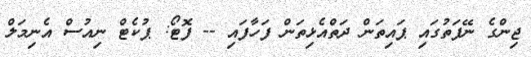
ޖިންގެ ނޭފަތުގައި ޕައިތަން ދަތްއެޅިތަން ފަހާފައި -- ފޮޓޯ: ޕުކެޓް ނިއުސް އެނިމަލް